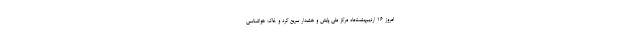
امروز ۱۶ اردیبهشت‌ماه مرکز ملی پایش و هشدار سریع گرد و خاک هواشناسی